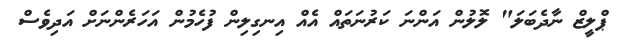
ޕްލީޒް ނާދެބަލަ" ލޮލުން އަންނަ ކަރުނަތައް އެއް އިނގިލިން ފުހެމުން އަހަރެންނަށް އަދިވެސް